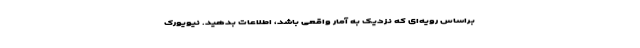
براساس رویه‌ای که نزدیک به آمار واقعی باشد، اطلاعات بدهید. نیویورک